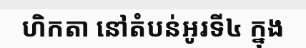
ហិកតា នៅតំបន់អូរទី៤ ក្នុង